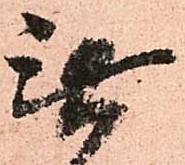
無